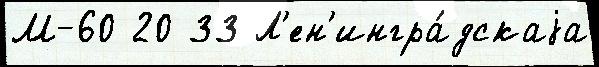
М-60 20 33 Л'ен'ингра́дскаjа